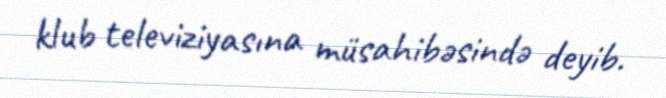
klub televiziyasına müsahibəsində deyib.